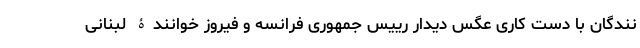
نندگان با دست کاری عگس دیدار رییس جمهوری فرانسه و فیروز خوانندۀ لبنانی